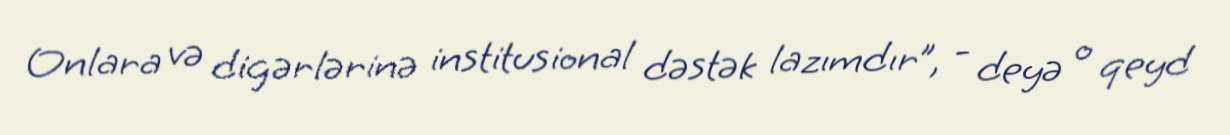
Onlara və digərlərinə institusional dəstək lazımdır”, - deyə o qeyd